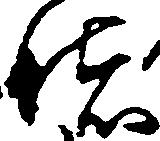
堵